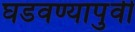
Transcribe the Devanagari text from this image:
घडवण्यापुर्वी